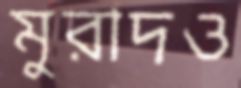
মুরাদও